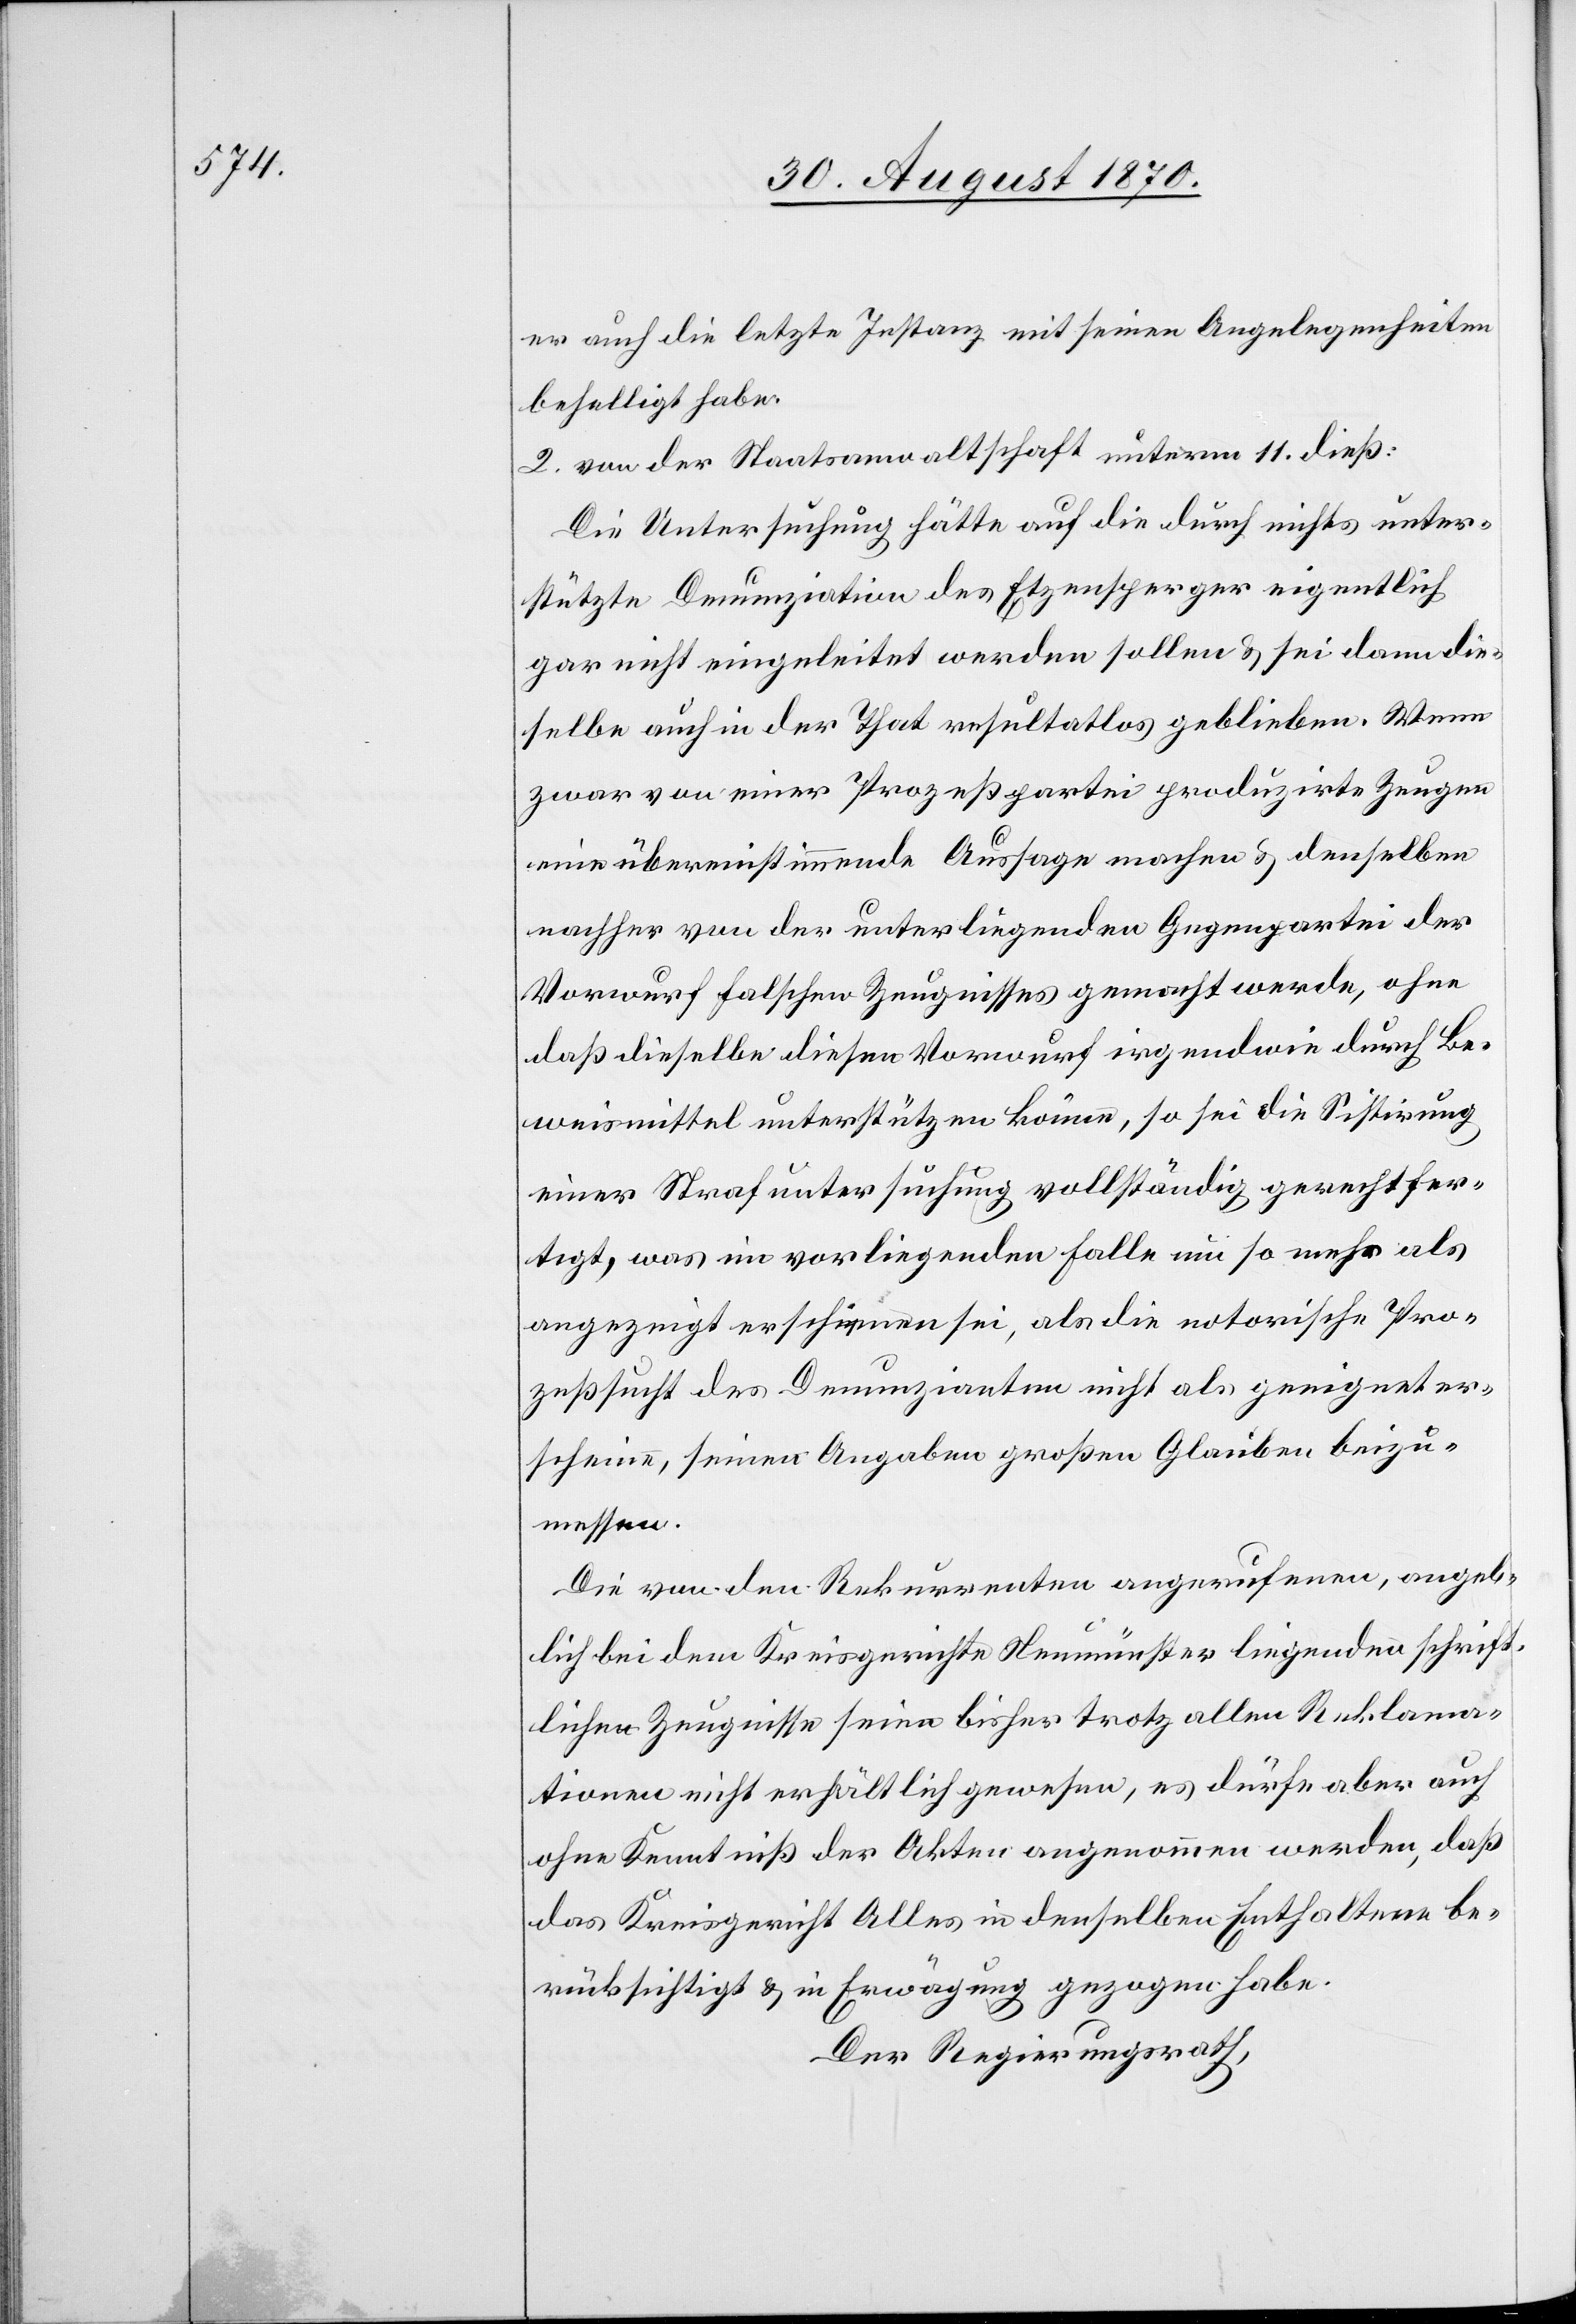
er auch die letzte Instanz mit seinen Angelegenheiten
behelligt habe.
2. von der Staatsanwaltschaft unterm 11. dieß:
Die Untersuchung hätte auf die durch nicht unter¬
stützte Denunziation des Etzensperger eigentlich
gar nicht eingeleitet werden sollen & sei dann die¬
selbe auch in der That resultatlos geblieben. Wenn
zwar von einer Prozeßpartei produzirte Zeugen
eine übereinstimmende Aussage machen & denselben
nachher von der unterliegenden Gegenpartei der
Vorwurf falschen Zeugnisses gemacht werde, ohne
daß dieselbe diesen Vorwurf irgendwie durch Be¬
weismittel unterstützen könne, so sei die Sistirung
einer Strafuntersuchung vollständig gerechtfer¬
tigt, was im vorliegenden Falle um so mehr als
angezeigt erschienen sei, als die notorische Pro¬
zeßsucht des Denunzianten nicht als geeignet er¬
scheine, seinen Angaben großen Glauben beizu¬
messen.
Die von dem Rekurrenten angerufenen, angeb¬
lich bei dem Kreisgerichte Neumünster liegenden schrift¬
lichen Zeugnisse seien bisher trotz allen Reklama¬
tionen nicht erhältlich gewesen, es dürfe aber auch
ohne Kenntniß der Akten angenommen werden, daß
das Kreisgericht Alles in denselben Enthaltene be¬
rücksichtigt & in Erwägung gezogen habe.
Der Regierungsrath,